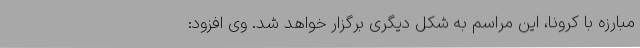
مبارزه با کرونا، این مراسم به شکل دیگری برگزار خواهد شد. وی افزود: